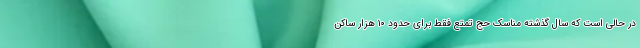
در حالی است که سال گذشته مناسک حج تمتع فقط برای حدود ۱۰ هزار ساکن